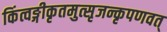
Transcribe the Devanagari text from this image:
किंत्वङ्गीकृतमुत्सृजन्कृपणवत्